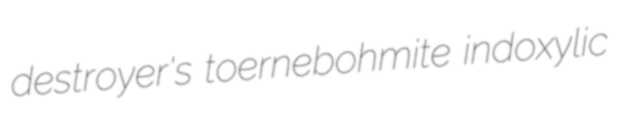
destroyer's toernebohmite indoxylic